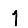
Digit: 1